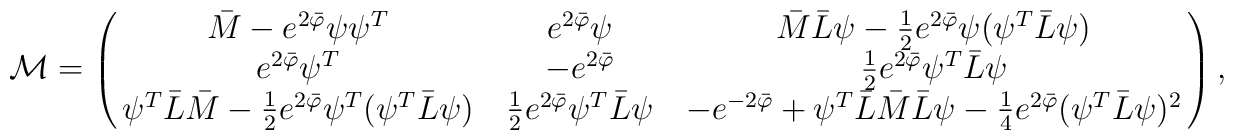
{\cal M} = \left ( \matrix{\bar{M}-e^{2\bar\varphi}\psi\psi^T &e^{2\bar\varphi}\psi & \bar{M}\bar{L}\psi-{1\over 2}e^{2\bar\varphi}\psi(\psi^T \bar{L} \psi) \cr e^{2\bar\varphi}\psi^T & -e^{2\bar\varphi} & {1\over 2}e^{2\bar\varphi}\psi^T \bar{L}\psi \cr \psi^T \bar{L}\bar{M} - {1\over 2}e^{2\bar\varphi}\psi^T(\psi^T \bar{L}\psi) & {1\over 2}e^{2\bar\varphi}\psi^T \bar{L}\psi & -e^{-2\bar\varphi} + \psi^T \bar{L}\bar{M}\bar{L}\psi - {1\over 4}e^{2\bar\varphi}(\psi^T \bar{L}\psi)^2} \right ),